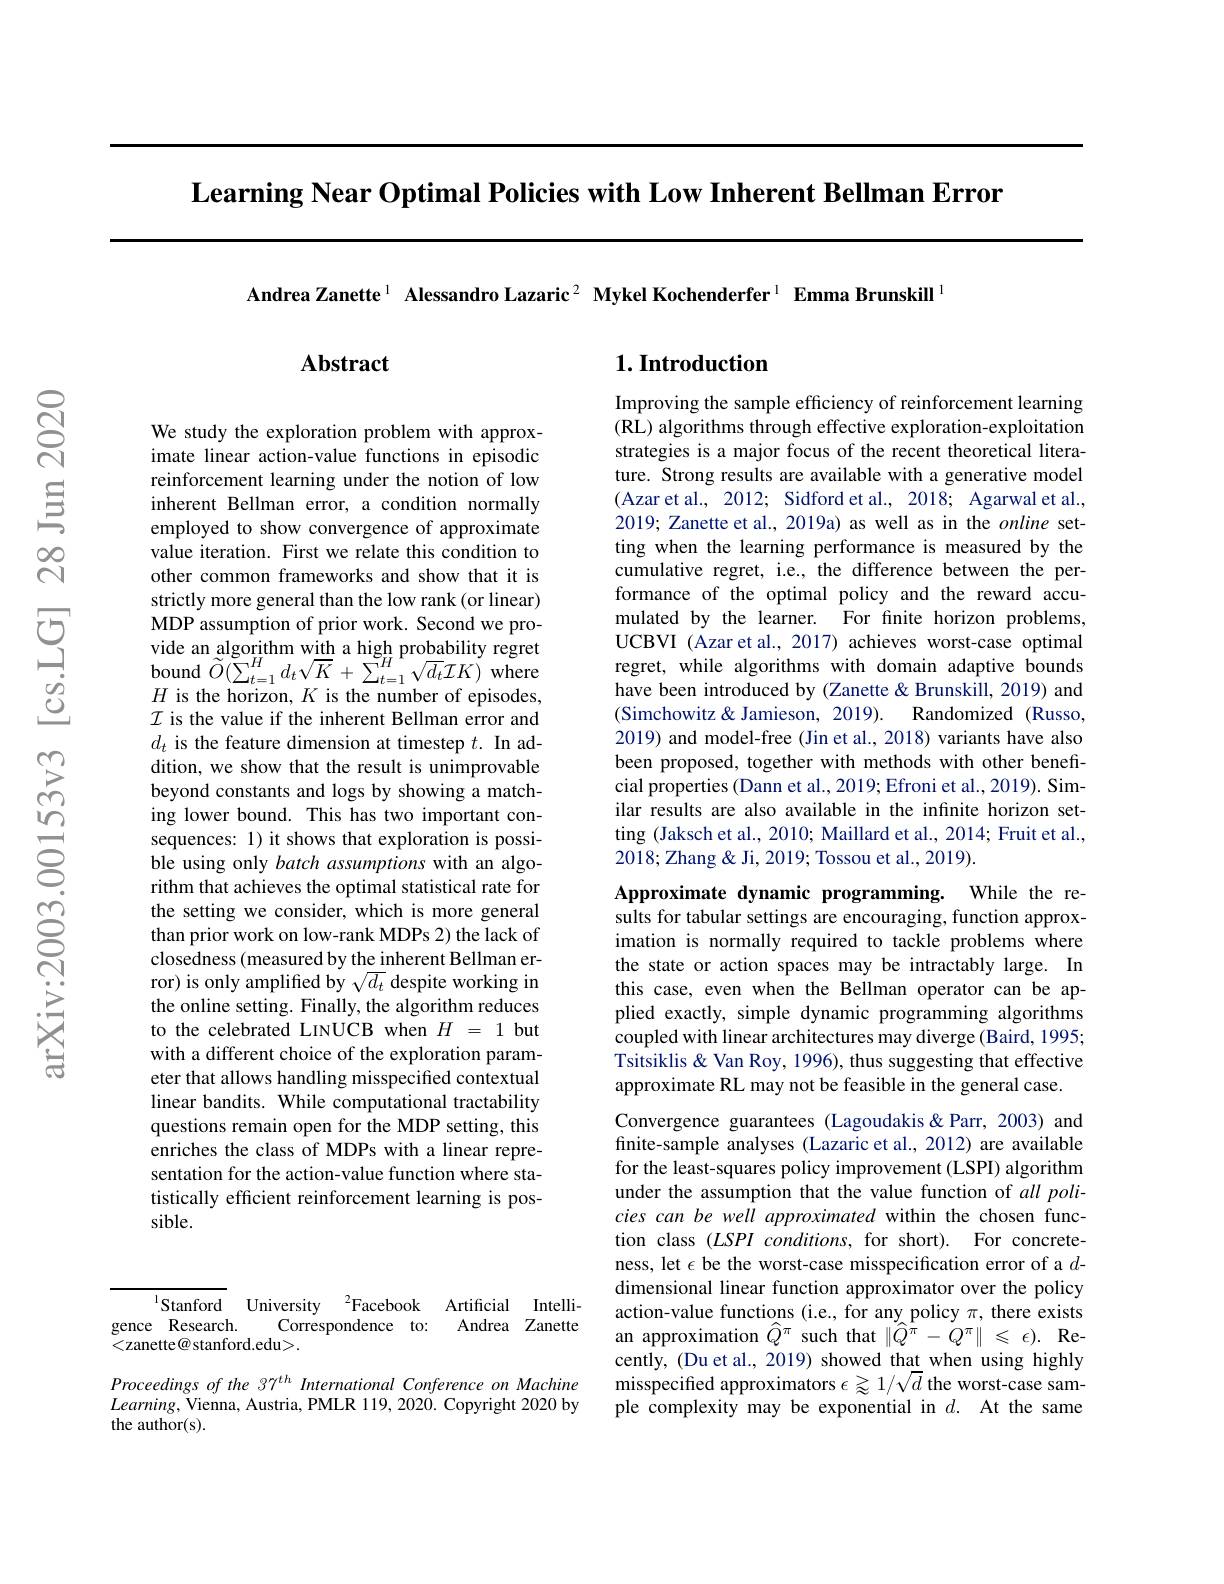
$\textbf{Learning Near Optimal Policies with Low Inherent Bellman Error}$

Andrea Zanette$^1$ Alessandro Lazaric$^2$ Mykel Kochenderfer$^1$ Emma Brunskill$^1$

$^{1}$Stanford University$\:^2$Facebook Artificial Intelli-
${\mathrm{Correspondence}}$ to:
Andrea Zanette
gence Research.
<zanette@ stanford.edu>.

Proceedings of the 37$^{th}$ International Conference on Machine $Learning$,Vienna, Austria, PMLR 119, 2020. Copyright 2020 by the author(s).

## $\mathbf{Abstract}$

We study the exploration problem with approximate linear action-value functions in episodic reinforcement learning under the notion of low inherent Bellman error, a condition normally employed to show convergence of approximate value iteration. First we relate this condition to other common frameworks and show that it is strictly more general than the low rank (or linear) MDP assumption of prior work. Second we pro- $\begin{array}{l}{\mathrm{vide~an~algorithm~with~a~high~probability~regret}}\\{\mathrm{bound~}\tilde{O}(\sum_{t=1}^{H}d_{t}\sqrt{K}+\sum_{t=1}^{H}\sqrt{d_{t}}\mathcal{I}K)~\mathrm{where}}\\{H~\mathrm{is~tha~berizon~}K~\mathrm{is~tha~numbar~of~anicodo.}}\end{array}$ $H$ is the horizon, $K$ is the number of episodes, $\mathcal{I}$ is the value if the inherent Bellman error and $d_t$ is the feature dimension at timestep $t.$ In addition, we show that the result is unimprovable beyond constants and logs by showing a matching lower bound. This has two important consequences: 1) it shows that exploration is possible using only batch assumptions with an algorithm that achieves the optimal statistical rate for the setting we consider, which is more general than prior work on low-rank MDPs 2) the lack of closedness (measured by the inherent Bellman error) is only amplified by $\sqrt{d_t}$ despite working in the online setting. Finally, the algorithm reduces to the celebrated LINUCB when $H=1$ but with a different choice of the exploration parameter that allows handling misspecified contextual linear bandits. While computational tractability questions remain open for the MDP setting, this enriches the class of MDPs with a linear representation for the action-value function where statistically efficient reinforcement learning is possible.

## $1. \textbf{Introduction}$

Improving the sample efficiency of reinforcement learning (RL) algorithms through effective exploration-exploitation strategies is a major focus of the recent theoretical literature. Strong results are available with a generative model (Azar et al., 2012; Sidford et al., 2018; Agarwal et al., 2019; Zanette et al., 2019a) as well as in the online setting when the learning performance is measured by the cumulative regret, i.e., the difference between the performance of the optimal policy and the reward accumulated by the learner. For finite horizon problems, UCBVI (Azar et al., 2017) achieves worst-case optimal regret, while algorithms with domain adaptive bounds have been introduced by (Zanette& Brunskill, 2019) and (Simchowitz& Jamieson, 2019). Randomized (Russo, 2019) and model-free (Jin et al., 2018) variants have also been proposed, together with methods with other beneficial properties (Dann et al., 2019; Efroni et al., 2019). Similar results are also available in the infinite horizon setting (Jaksch et al., 2010; Maillard et al., 2014; Fruit et al., 2018; Zhang & Ji, 2019; Tossou et al., 2019).

Approximate dynamic programming. While the results for tabular settings are encouraging, function approximation is normally required to tackle problems where the state or action spaces may be intractably large. In this case, even when the Bellman operator can be applied exactly, simple dynamic programming algorithms coupled with linear architectures may diverge (Baird, 1995; Tsitsiklis & Van Roy, 1996), thus suggesting that effective approximate RL may not be feasible in the general case.

Convergence guarantees (Lagoudakis&Parr, 2003) and finite-sample analyses (Lazaric et al., 2012) are available for the least-squares policy improvement (LSPI) algorithm under the assumption that the value function of all policies can be well approximated within the chosen function class (LSPI conditions, for short). For concreteness, let $\epsilon$ be the worst-case misspecification error of a $d$- dimensional linear function approximator over the policy action-value functions (i.e., for any policy $\pi$, there exists an approximation $\widehat{Q}^\pi$ such that $\|\widehat{Q}^\pi-Q^\pi\|\leqslant\epsilon).$ Recently, (Du et al., 2019) showed that when using highly misspecified approximators $\epsilon\gtrsim1/\sqrt{d}$ the worst-case sample complexity may be exponential in $d.$ At the same